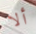
ألا